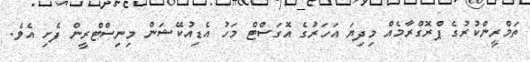
ތަމްރީންކުރުގެ ޕްރޮގްރާމެއް މިދިޔަ އަހަރުގެ އޮގަސްޓް މަހު އެޑިއުކޭޝަން މިނިސްޓްރީން ފެށި އެވެ.